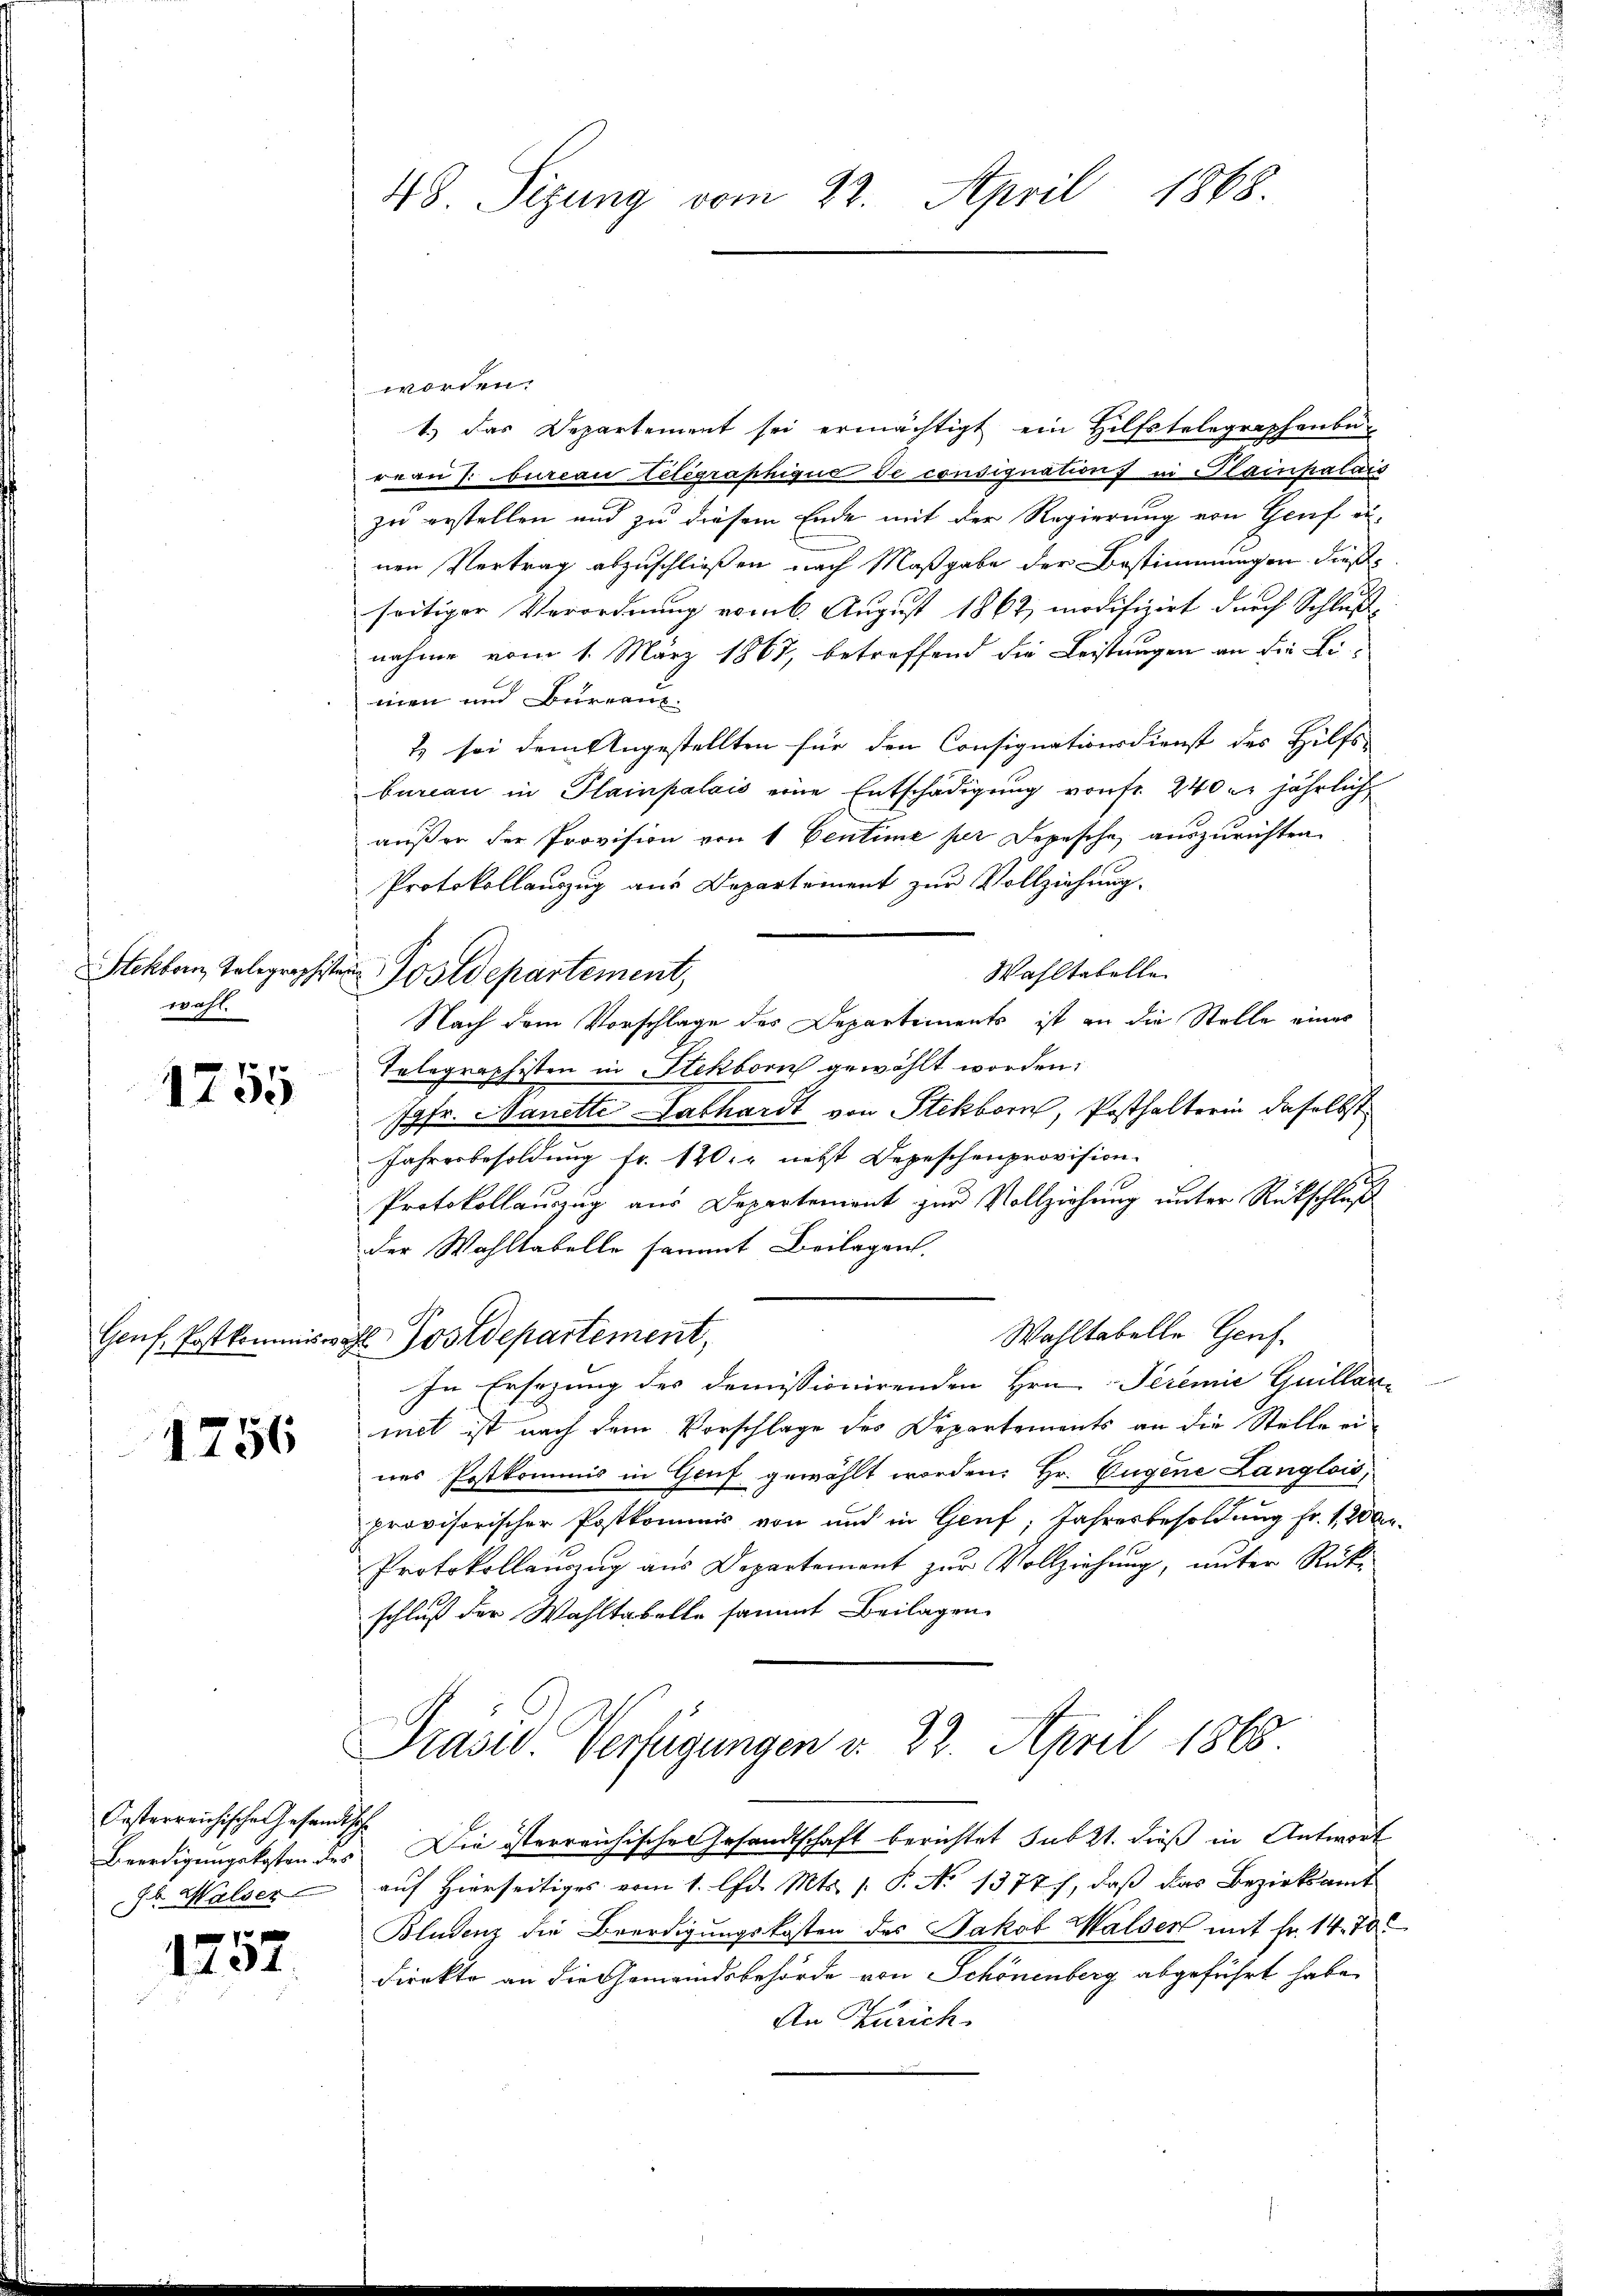
Stekborn, Telegraphiste
wahl.

1755

Genf, Postkommiswa

1756

Oesterreichische Gesandtsch
Beerdigungskosten des
Jb. Walser

1757

48 Sizung vom 22. April 1868.

worden.
1.) Das Departement sei ermächtigt ein Hilfstelegraphenbe-
reau 7: bureau elegraphique de consignation) in Plainpalais
zu erstellen und zu diesem Ende mit der Regierung von Heuf einen Vertrag abzuschließen nach Maßgabe der Bestimmungen dießseitiger Verordnung vom 6. August 1867, modifizirt durch Schluß
nahme vom 1. März 1867, betreffend die Leistungen an die Limen und Burgau.
7. sei dem Angestellten für den Consignationsdienst des Hilfs-
bureau in Plainpalais eine Entschädigung von fr. 240 er jährlich
außer der Provision von 1 Centime per Depesche, auszurichten.
Protokollauszug aus Departement zur Vollziehung.
Wahltabelle
Postdepartement,
Nach dem Vorschlage des Departements ist an die Stelle eines
Telegraphisten in Stekborn gewählt worden:
Jgfr. Manette Lathardt von Stekborn, Posthalterin daselbst
Jahresbesoldung fr. 120. nebst Depeschenprovision.
Protokollauszug aus Departement zur Vollziehung unter Rückschluß
der Wahltabelle sammt Beilagen.
Wahltabelle Genf.
E Postdepartement,
In Ersezung des demissionirenden Hrn. Peremie Guillanmet ist nach dem Vorschlage des Departements an die Stelle eines Postkommis in Gruf gewählt worden: Hr. Eugene Langlois,
provisorischer Postkommnis von und in Genf; Jahresbesoldung fr. 1200
Protokollauszug aus Departement zur Vollziehung, unter Rück-
schluß der Wahltabelle sammt Beilagen
Praser Verfügungen v. 22. April 1865.
Die österreichische Gesandtschaft berichtet Subzt. dieß in Antwort
auf Hierseitiges vom 1. Chr. Mts. 1. P. No 1377), daß das Bezirksamt
Bludenz die Beerdigungskosten des Jakob Walser mit Fr. 14. 70
direkte an die Gemeindsbehörde von Schönenberg abgeführt habe,
An Zürich.